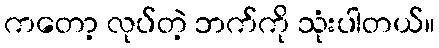
ကတော့ လုပ်တဲ့ ဘက်ကို သုံးပါတယ်။